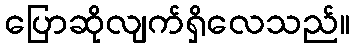
ပြောဆိုလျက်ရှိလေသည်။